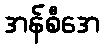
အန်စီအေ